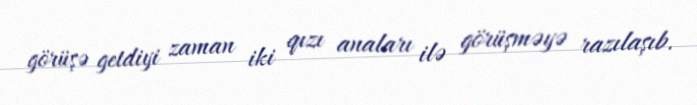
görüşə getdiyi zaman iki qızı anaları ilə görüşməyə razılaşıb.